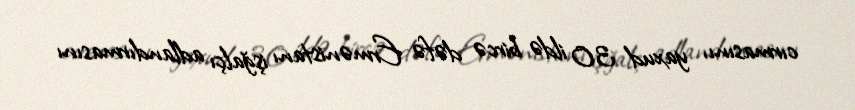
cırmasını, yaxud 30 ildə bircə dəfə Ermənistanı işğalçı adlandırmasını